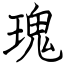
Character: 瑰